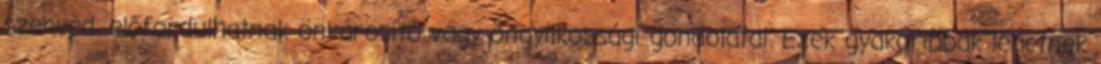
szenved, előfordulhatnak önkárosító vagy öngyilkossági gondolatai. Ezek gyakoribbak lehetnek